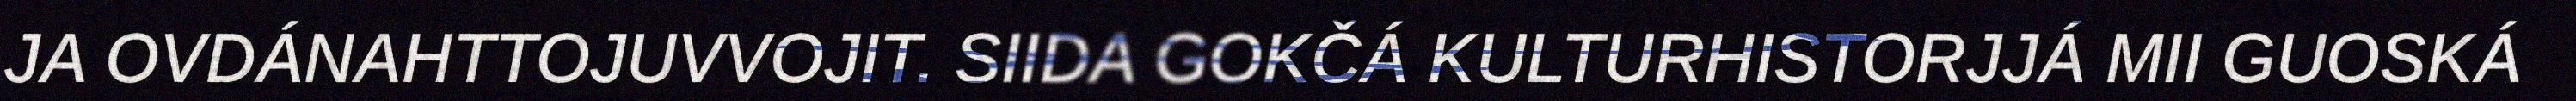
JA OVDÁNAHTTOJUVVOJIT. SIIDA GOKČÁ KULTURHISTORJJÁ MII GUOSKÁ